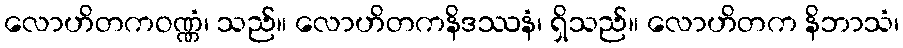
လောဟိတကဝဏ္ဏံ၊ သည်။ လောဟိတကနိဒဿနံ၊ ရှိသည်။ လောဟိတက နိဘာသံ၊